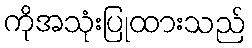
ကိုအသုံးပြုထားသည်